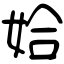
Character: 姶